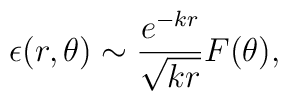
\epsilon(r,\theta) \sim \frac{e^{-kr}}{\sqrt{kr}} F(\theta),